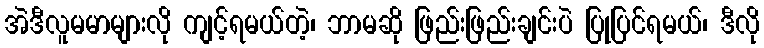
အဲဒီလူမမာများလို ကျင့်ရမယ်တဲ့၊ ဘာမဆို ဖြည်းဖြည်းချင်းပဲ ပြုပြင်ရမယ်၊ ဒီလို